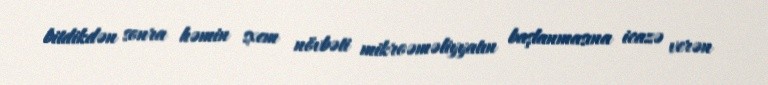
bitdikdən sonra həmin sxem növbəti mikroəməliyyatın başlanmasına icazə verən